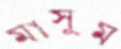
মাসুম